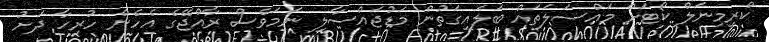
ކްރިމިނަލް ކޯޓަށް މައްސަލަތައް ބަލައިގަތުން މަޑުޖައްސާލި ނަމަވެސް ރާއްޖޭގެ އެހެން ހުރިހާ ދަށު